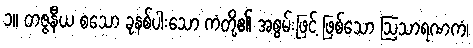
၁။ တဇ္ဇနီယ စသော ခုနစ်ပါးသော ကံတို့၏ အစွမ်းဖြင့် ဖြစ်သော ဩသာရဏကံ၊